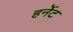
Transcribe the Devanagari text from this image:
हर्नेट